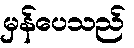
မှန်ပေသည်